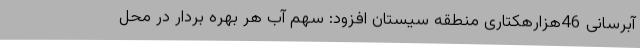
آبرسانی 46هزارهکتاری منطقه سیستان افزود: سهم آب هر بهره بردار در محل